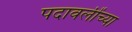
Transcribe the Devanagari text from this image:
पदावलींच्या